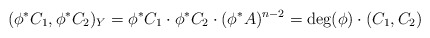
\begin{align*}(\phi^* C_1 , \phi^* C_2)_Y= \phi^* C_1 \cdot \phi^* C_2 \cdot (\phi^* A)^{n-2} = \deg(\phi) \cdot (C_1,C_2)\end{align*}